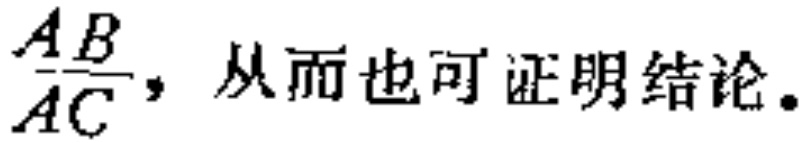
$\frac{AB}{AC}，从而也可证明结论。$